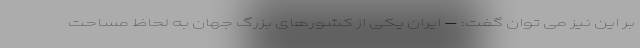
بر این نیز می توان گفت: – ایران یکی از کشورهای بزرگ جهان به لحاظ مساحت